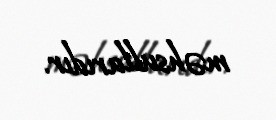
məhsullarıdır.